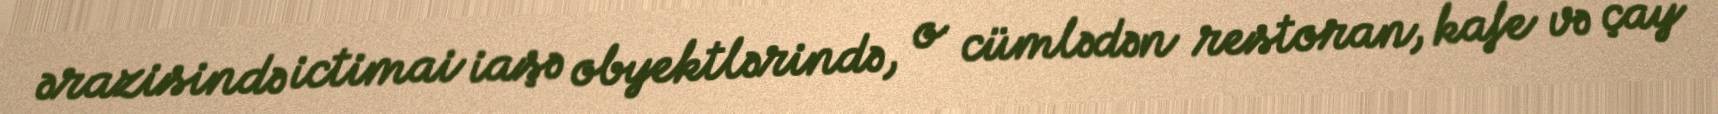
ərazisində ictimai iaşə obyektlərində, o cümlədən restoran, kafe və çay